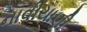
નાવીયાણી